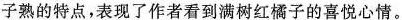
子熟的特点，表现了作者看到满树红橘子的喜悦心情。